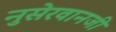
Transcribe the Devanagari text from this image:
नुसेरवानजी